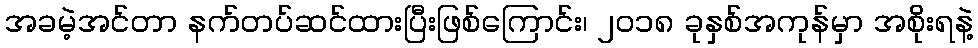
အခမဲ့အင်တာ နက်တပ်ဆင်ထားပြီးဖြစ်ကြောင်း၊ ၂၀၁၈ ခုနှစ်အကုန်မှာ အစိုးရနဲ့